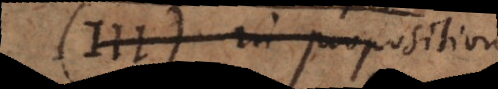
I). In Propositione